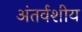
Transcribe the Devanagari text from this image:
अंतर्वशीय